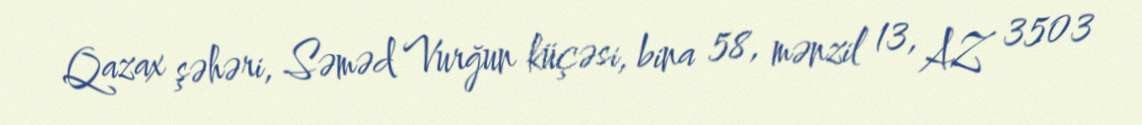
Qazax şəhəri, Səməd Vurğun küçəsi, bina 58, mənzil 13, AZ 3503